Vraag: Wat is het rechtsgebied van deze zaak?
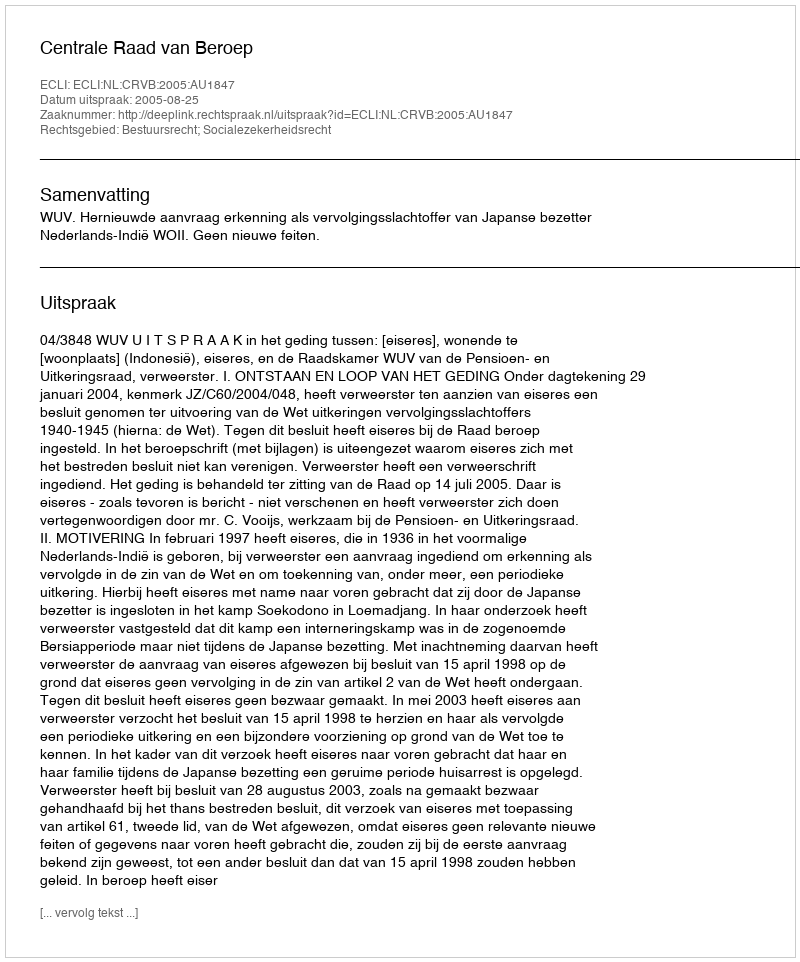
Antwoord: Bestuursrecht; Socialezekerheidsrecht